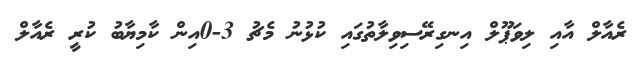
ރެއާލް އާއި ލިވަޕޫލް އިނގިރޭސިވިލާތުގައި ކުޅުނު މެޗު 3-0އިން ކާމިޔާބު ކުރީ ރެއާލް